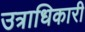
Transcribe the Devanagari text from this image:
उत्राधिकारी